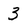
Character: 3